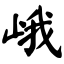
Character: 峨